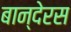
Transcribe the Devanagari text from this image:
बान्देरस